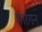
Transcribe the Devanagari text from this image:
मारगन